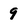
Character: 9